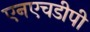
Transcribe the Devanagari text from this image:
एनएचडीपी